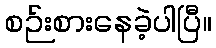
စဉ်းစားနေခဲ့ပါပြီ။